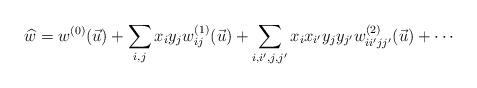
LaTeX: \begin{align*}\widehat{w} =w^{(0)}(\vec{u})+\sum_{i, j}x_i y_j w_{ij}^{(1)}(\vec{u})+\sum_{i, i', j, j'}x_i x_{i'} y_j y_{j'} w_{i i' j j'}^{(2)}(\vec{u}) +\cdots\end{align*}